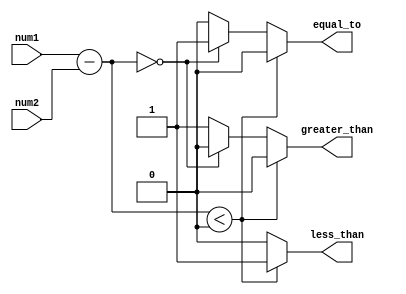
module fixed_point_comparator (
    input [15:0] num1, // First fixed-point number
    input [15:0] num2, // Second fixed-point number
    output reg less_than, // Output for less than comparison
    output reg equal_to, // Output for equal to comparison
    output reg greater_than // Output for greater than comparison
);

reg [15:0] difference; // Variable to store the difference between num1 and num2

always @* begin
    difference = num1 - num2; // Subtract num2 from num1
    if (difference < 0) begin
        less_than = 1; // num1 is less than num2
        equal_to = 0;
        greater_than = 0;
    end else if (difference == 0) begin
        less_than = 0;
        equal_to = 1; // num1 is equal to num2
        greater_than = 0;
    end else begin
        less_than = 0;
        equal_to = 0;
        greater_than = 1; // num1 is greater than num2
    end
end

endmodule